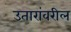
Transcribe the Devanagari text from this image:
उतारांवरील